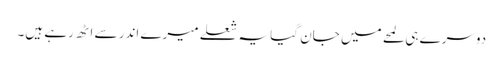
دوسرے ہی لمحے میں جان گیا یہ شعلے میرے اندر سے اٹھ رہے ہیں۔